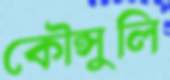
কৌন্সুলি